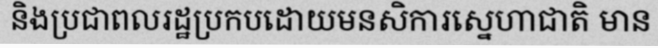
និងប្រជាពលរដ្ឋប្រកបដោយមនសិការស្នេហាជាតិ មាន